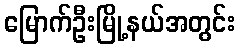
မြောက်ဦးမြို့နယ်အတွင်း